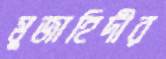
মুজাহিদীর